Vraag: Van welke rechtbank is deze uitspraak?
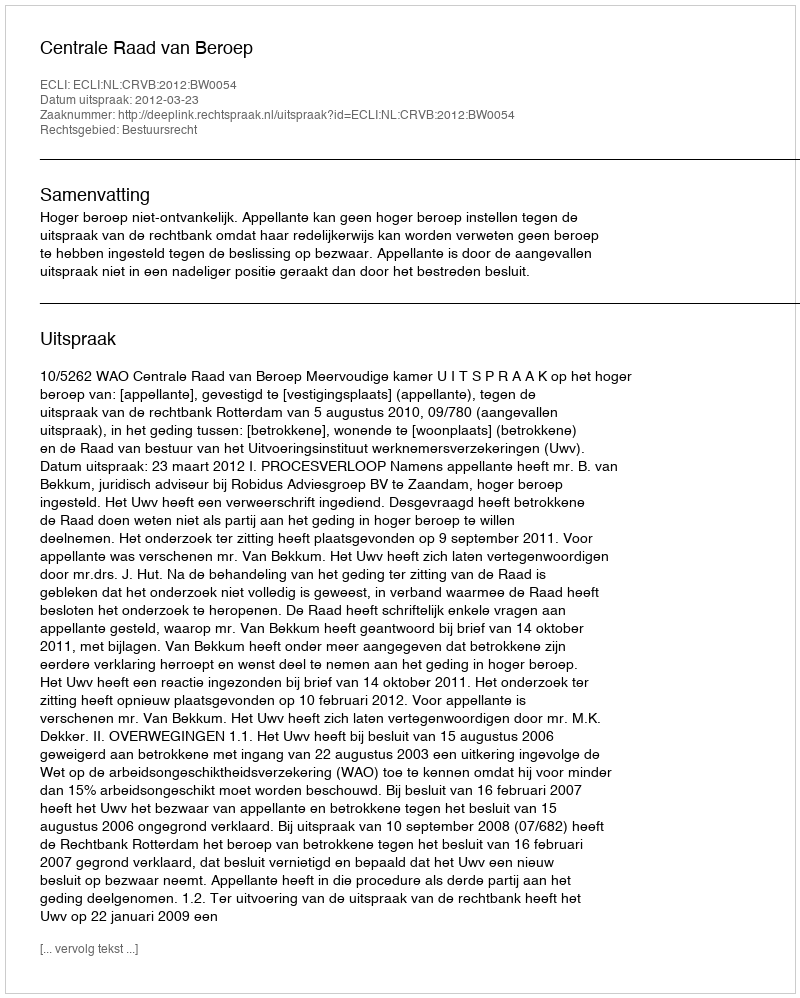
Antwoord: Centrale Raad van Beroep